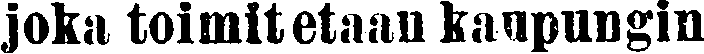
joka toimitetaan kaupungin